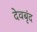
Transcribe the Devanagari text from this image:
देवबृंद